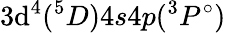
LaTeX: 3\mathrm{d}^{4}(^{5}D)4s4p(^{3}P^{\circ})